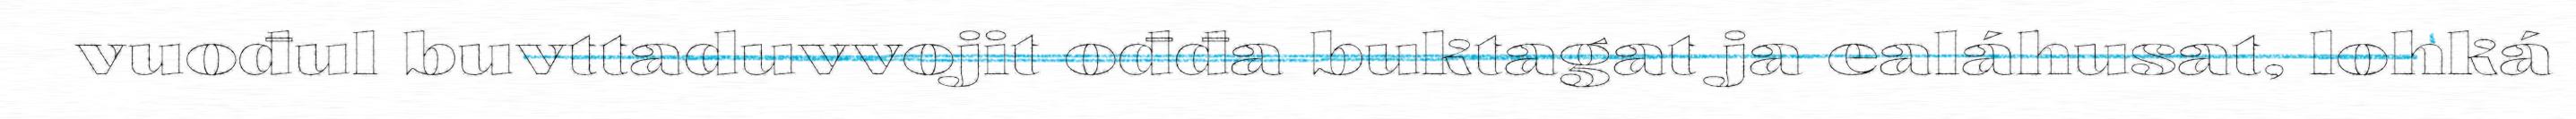
vuođul buvttaduvvojit ođđa buktagat ja ealáhusat, lohká